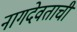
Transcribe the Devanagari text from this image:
नागदेवताची